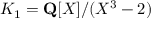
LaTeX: K _ { 1 } = \mathbf { Q } [ X ] / ( X ^ { 3 } - 2 )